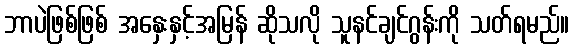
ဘာပဲဖြစ်ဖြစ် အနှေးနှင့်အမြန် ဆိုသလို သူနင်ချင်ဂွန်းကို သတ်ရမည်။